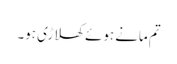
تم مانے ہوئے کھلاڑی ہو۔